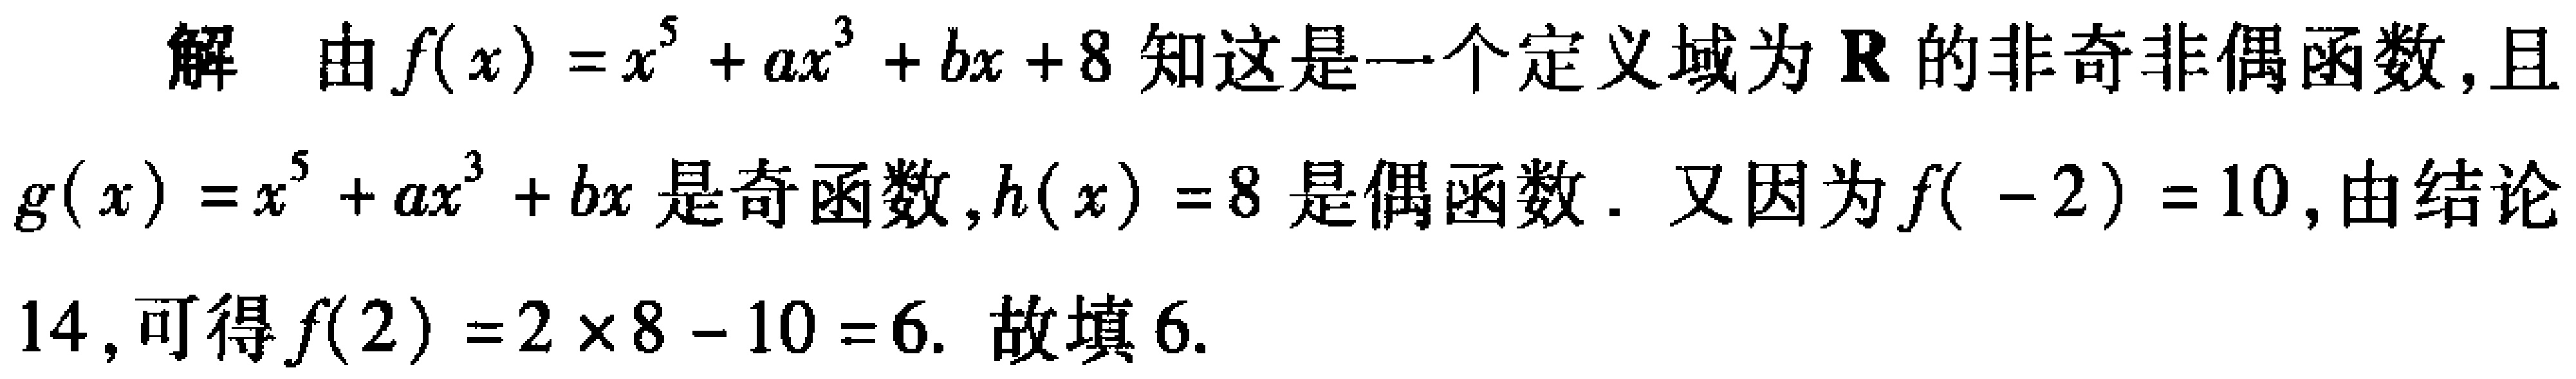
解 由\(f(x)=x^{5}+ax^{3}+bx + 8\)知这是一个定义域为\(\mathbf{R}\)的非奇非偶函数,且\(g(x)=x^{5}+ax^{3}+bx\)是奇函数,\(h(x)=8\)是偶函数. 又因为\(f(-2)=10\),由结论14,可得\(f(2)=2\times8 - 10 = 6\). 故填\(6\).